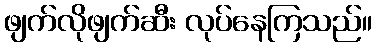
ဖျက်လိုဖျက်ဆီး လုပ်နေကြသည်။